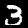
Label: 3